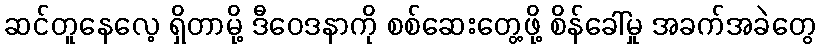
ဆင်တူနေလေ့ ရှိတာမို့ ဒီဝေဒနာကို စစ်ဆေးတွေ့ဖို့ စိန်ခေါ်မှု အခက်အခဲတွေ